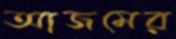
আজমের